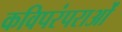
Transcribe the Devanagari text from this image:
कविपरंपराओं